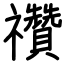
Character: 禶